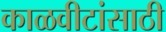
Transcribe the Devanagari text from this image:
काळवीटांसाठी